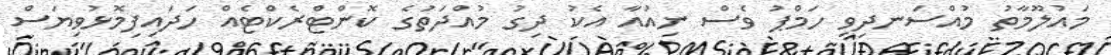
މައުލޫމާތު މުއްސަނދިވި ހަމްޕު ވެސް ނިއުއާ އެކު ދިގު މުއްދަތުގެ ކޮންޓްރެކްޓެއް ހަދައިފިމޮޅުވިޔަސް